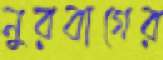
নুরবাগের